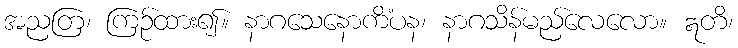
အညတြ၊ ကြဉ်ထား၍။ နာဂသေနောကိံပန၊ နာဂသိန်မည်လေလော။ ဣတိ၊